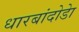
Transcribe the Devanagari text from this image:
धारबांदोडाे